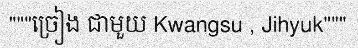
"""ច្រៀង ជាមួយ Kwangsu , Jihyuk"""